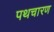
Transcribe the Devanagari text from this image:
पथचारण